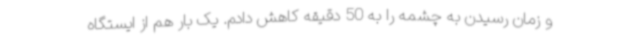
و زمان رسیدن به چشمه را به 50 دقیقه کاهش دادم. یک بار هم از ایستگاه